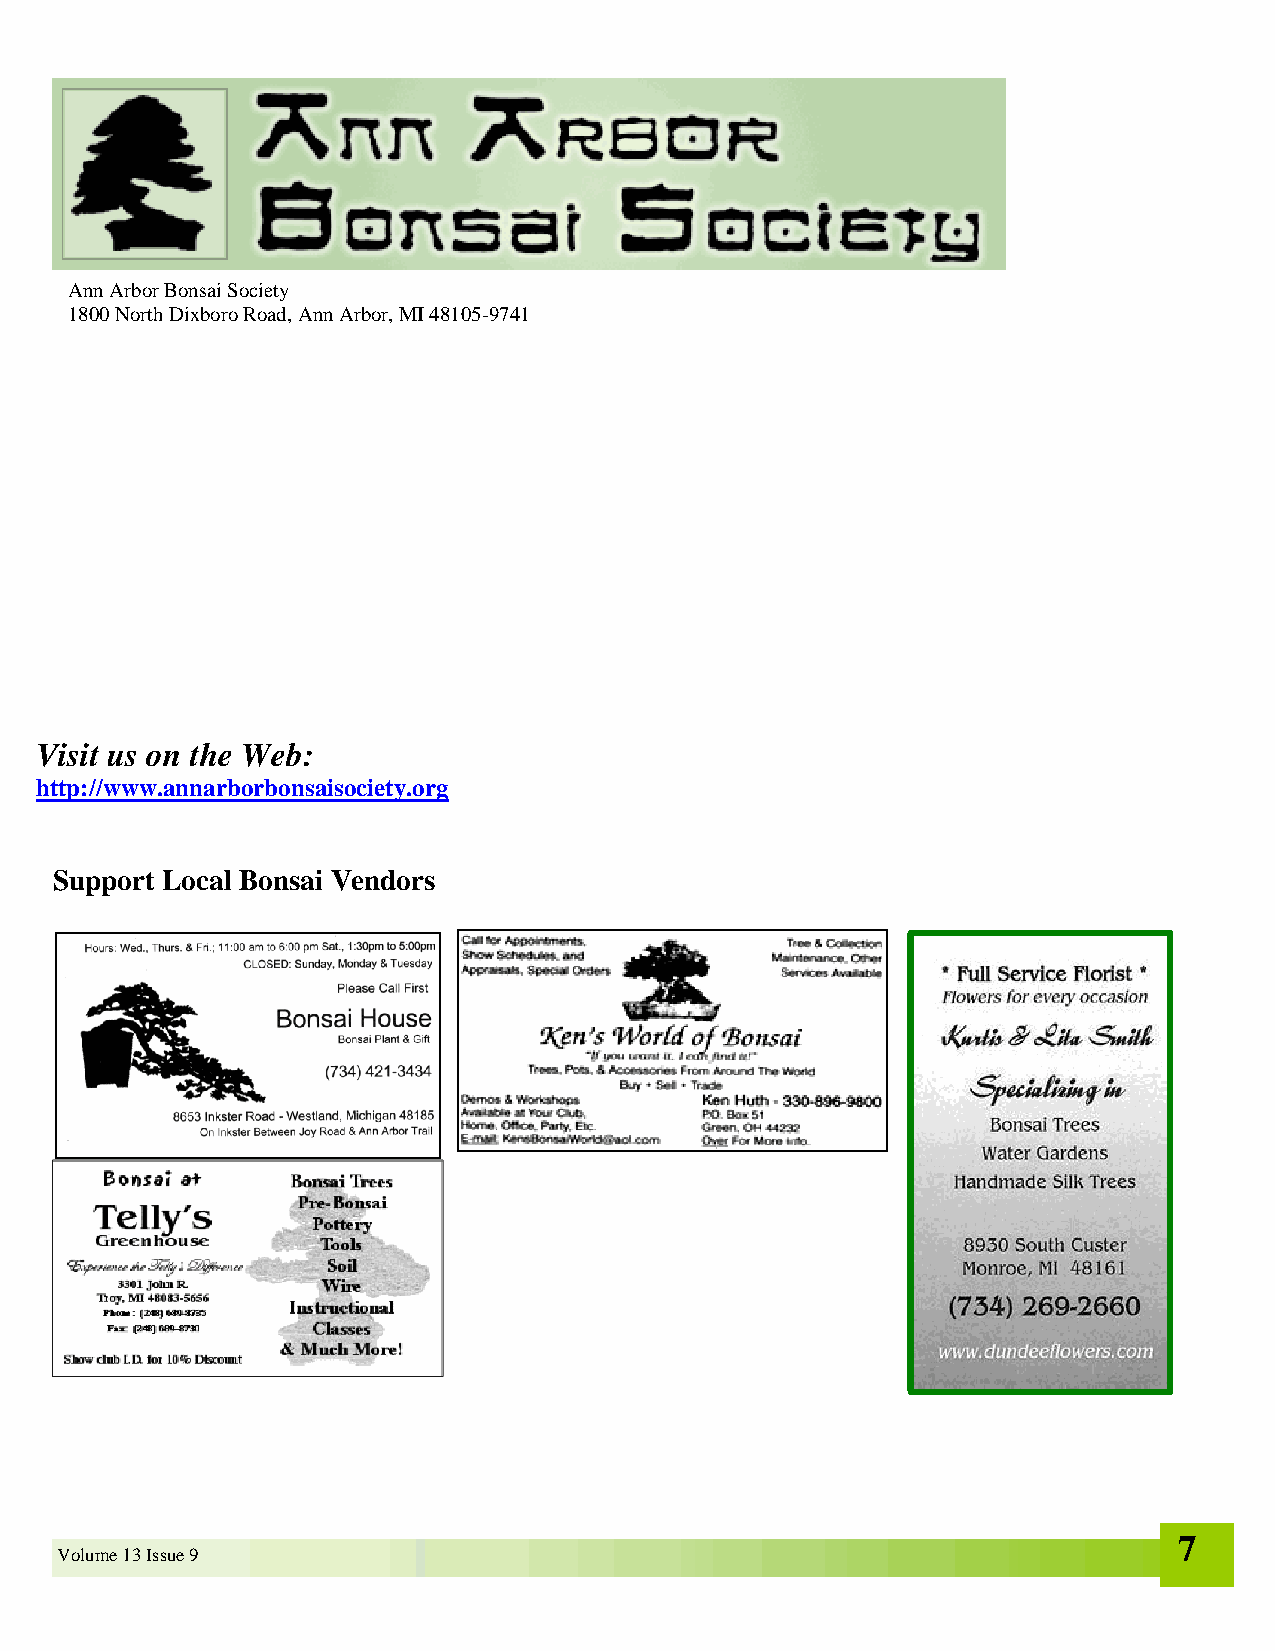
Ann Arbor Bonsai Society
 1800 North Dixboro Road, Ann Arbor, MI 48105-9741
 Visit us on the Web:
 http://www.annarborbonsaisociety.org
 Support Local Bonsai Vendors
 7
 Volume 13 Issue 9